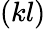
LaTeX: (kl)